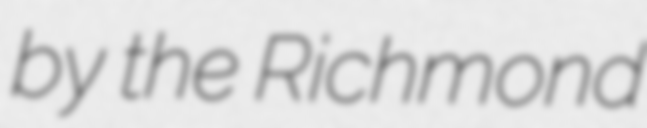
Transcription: by the Richmond